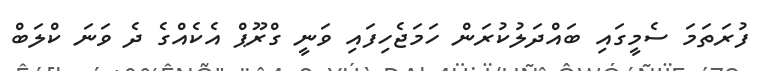
ފުރަތަމަ ސެމީގައި ބައްދަލުކުރަން ހަމަޖެހިފައި ވަނީ ގްރޫޕް އެކެއްގެ ދެ ވަނަ ކްލަބް